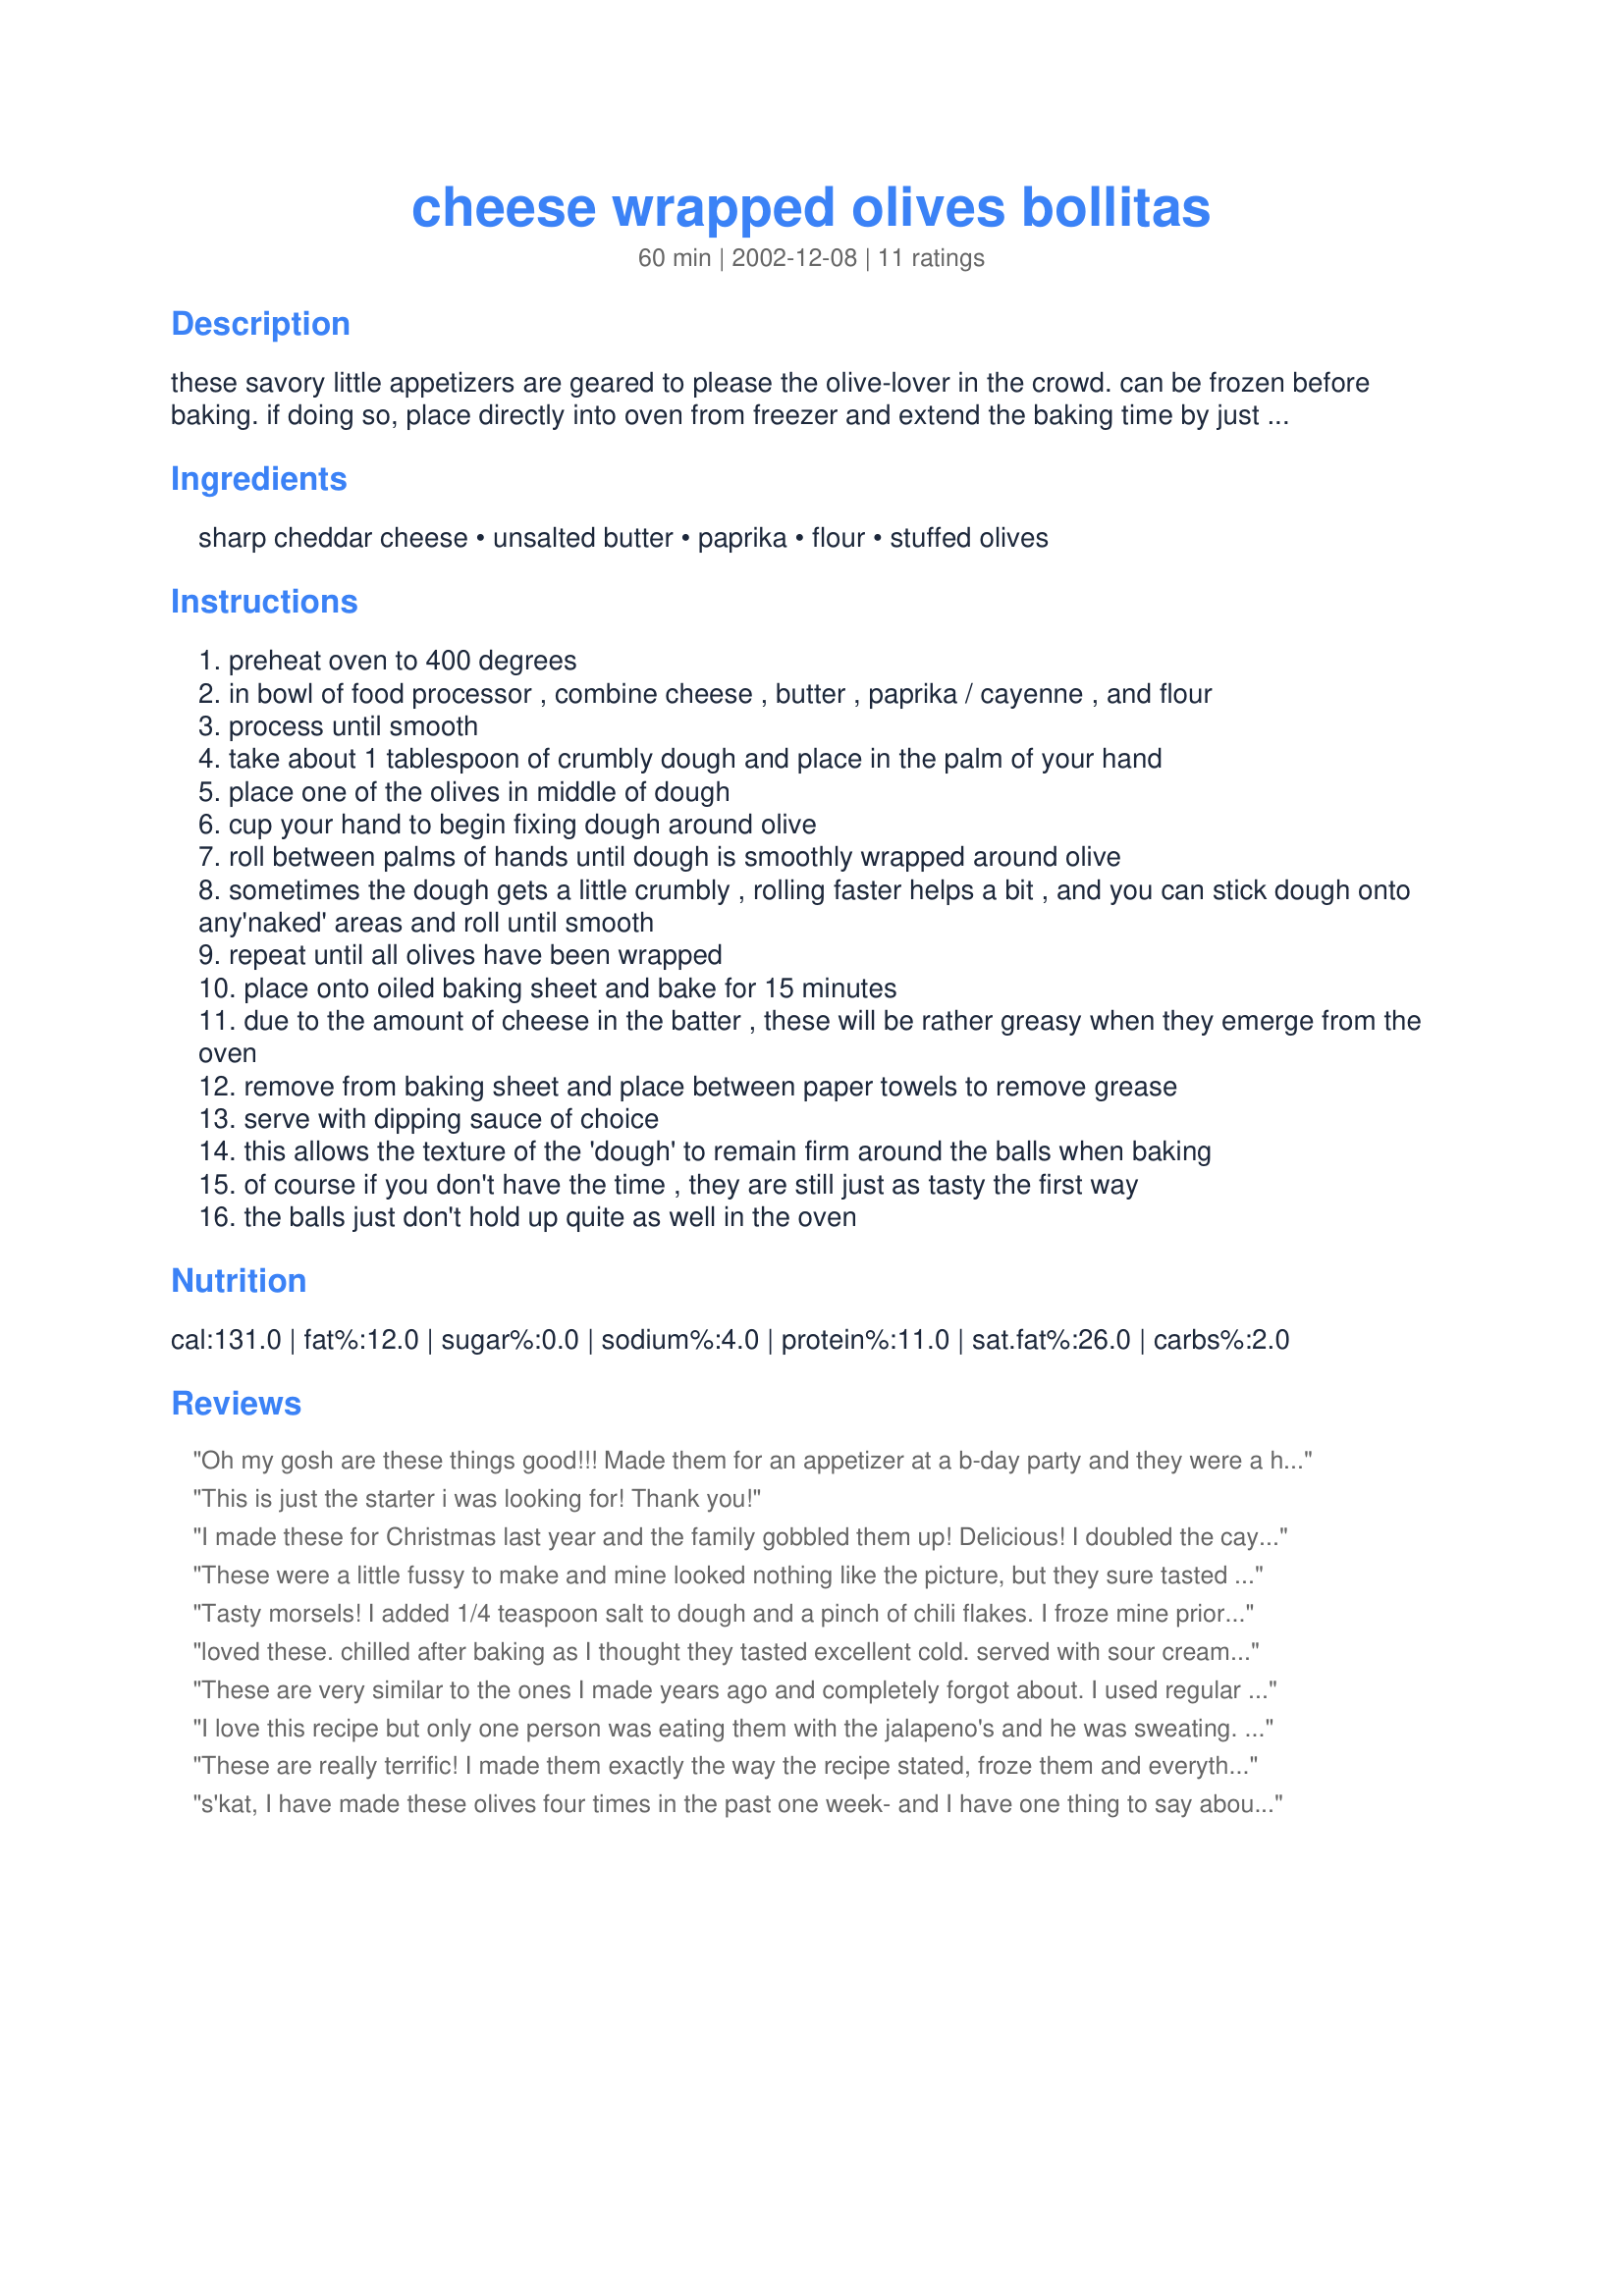
cheese wrapped olives bollitas
Preparation time: 60 minutes

these savory little appetizers are geared to please the olive-lover in the crowd. can be frozen before baking. if doing so, place directly into oven from freezer and extend the baking time by just a few minutes. recipe from a clipping, author unsourced.

Ingredients:
sharp cheddar cheese, unsalted butter, paprika, flour, stuffed olives

Steps:
preheat oven to 400 degrees
in bowl of food processor , combine cheese , butter , paprika / cayenne , and flour
process until smooth
take about 1 tablespoon of crumbly dough and place in the palm of your hand
place one of the olives in middle of dough
cup your hand to begin fixing dough around olive
roll between palms of hands until dough is smoothly wrapped around olive
sometimes the dough gets a little crumbly , rolling faster helps a bit , and you can stick dough onto any'naked' areas and roll until smooth
repeat until all olives have been wrapped
place onto oiled baking sheet and bake for 15 minutes
due to the amount of cheese in the batter , these will be rather greasy when they emerge from the oven
remove from baking sheet and place between paper towels to remove grease
serve with dipping sauce of choice
this allows the texture of the 'dough' to remain firm around the balls when baking
of course if you don't have the time , they are still just as tasty the first way
the balls just don't hold up quite as well in the oven

Reviews:
Oh my gosh are these things good!!! Made them for an appetizer at a b-day party and they were a huge hit. I made both the jalepeno and pinento and I don't know which ones I like better. Next time I'm going to try the blue cheese stuffed olives. Just thinking about them again is making my mouth water.
This is just the starter i was looking for! Thank you!
I made these for Christmas last year and the family gobbled them up! Delicious! I doubled the cayenne pepper and added a dah of hot sauce though. We like it hot!
These were a little fussy to make and mine looked nothing like the picture, but they sure tasted good and the fam loved them!! Thanks!!
Tasty morsels! I added 1/4 teaspoon salt to dough and a pinch of chili flakes. I froze mine prior to baking and they turned out just like in the picture.
loved these. chilled after baking as I thought they tasted excellent cold. served with sour cream flavored with taco seasoning and salsa. hummus sounds good too. I bought the fat jalapeno stuffed green olives and they were great! did add extra butter to make cheese blend more pliable. thanks
These are very similar to the ones I made years ago and completely forgot about. I used regular salted butter. We found them very dry. After 15 minutes in the oven as stated, they didn't look cooked. They looked the same as when I put them in. Are they suppose to brown? I was waiting for them to darken up a bit so I left them in.....probably too long. I will try again and take them out right at 15 minutes to see if that makes a difference.
I love this recipe but only one person was eating them with the jalapeno's and he was sweating. The rest of the bunch picked the jalapeno's out. I think next time I make them, I will try them with a different type of olive for the picky palate types. A wonderful recipe that wants you to try all the stuffed olives they have on the grocery shelf just to see what they taste like. What a fantastic appetizer for the holidays! I added a little of the olive brine to the dough because it felt a little dry and it was wonderful. (I might have added a little too much flour, but the brine added a wonderful flavor) Great recipes... thank you so much!
These are really terrific! I made them exactly the way the recipe stated, froze them and everything, served with mango salsa - oh! Wonderful! Then I took the liberty of playing around with this and found some great modifications: sub feta for the cheddar and cream cheese for the butter and use pitted Kalamata olives; sub in parm for the cheddar and use large green olives; or sub in pepper-jack cheese for the cheddar.
All pretty tasty! Thanks very much, S'kat! These are a great make-ahead appetizer. I have thoroughly enjoyed testing them!
s'kat, I have made these olives four times in the past one week- and I have one thing to say about them- DELICIOUS!! I did add mustard and some mixed herbs to the mixture to give it a slight kick! I served them with hummus (recipe number 11424, by Charishma Ramchandani). Thanks for an awesome recipe!!
Delicious!!! I made these ten days ago, froze them on a baking sheet then bagged them. I did add a tablespoon of milk to the dough - I probably won't add the milk next time. Once the dough is in the palm of your hand it "warms" and becomes pliable. I bought some huge pimento stuffed green olives to make this dish - and oh boy they were delicious. This is a real keeper recipe - something to make and have in the freezer when unexpected guests drop in, or, for a lovely Sunday snack. I served hommus (hommous, homus whatever) with these. They were great hot, yummy warm....but they shined when they were cold. Thank you for something different and tasty!!!
